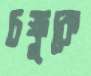
চক্ষুকে